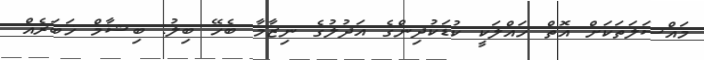
މައްސަލަތަކަށް އޮތް ހައްލަކީ ކުޑަކުދިންގެ އަދުލުގެ ނިޒާމާ ބެހޭ ބިލު: ބިޝާމް ޚަބަރެއް